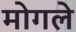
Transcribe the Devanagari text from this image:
मोगले